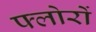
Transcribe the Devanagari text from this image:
फ्लोरों